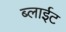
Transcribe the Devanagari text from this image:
ब्लाईट